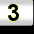
Digit: 3